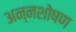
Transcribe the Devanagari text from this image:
अन्नशोषण